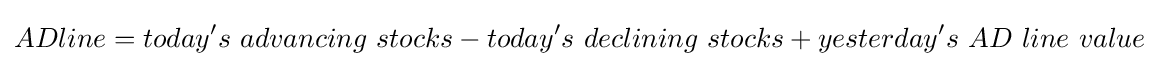
ADline=today's\ advancing\ stocks-today's\ declining\ stocks+yesterday's\ AD\ line\ value